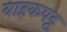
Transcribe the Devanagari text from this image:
वाहकपट्ट